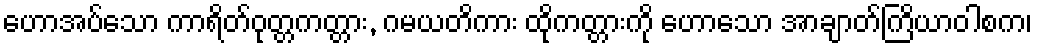
ဟောအပ်သော ကာရိတ်ဝုတ္တကတ္တား, ဂမယတိကား ထိုကတ္တားကို ဟောသော အာချာတ်ကြိယာဝါစက၊